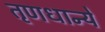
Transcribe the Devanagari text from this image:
तृणधान्ये